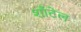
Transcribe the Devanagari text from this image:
शाँटेल